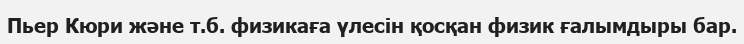
Пьер Кюри және т.б. физикаға үлесін қосқан физик ғалымдыры бар.